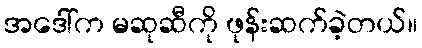
အဒေါ်က မဆုဆီကို ဖုန်းဆက်ခဲ့တယ်။